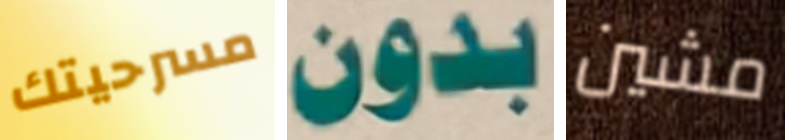
مسرحيتك بدون مشين